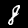
Digit: 8